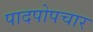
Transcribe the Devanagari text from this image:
पादपोपचार